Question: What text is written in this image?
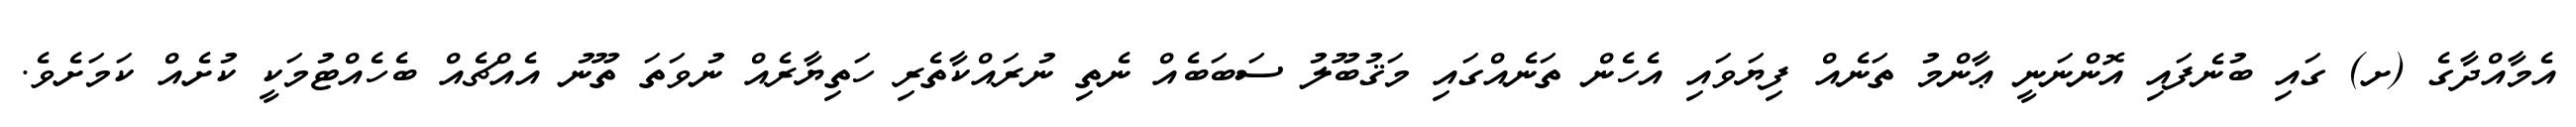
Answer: އެމާއްދާގެ (ށ) ގައި ބުނެފައި އޮންނަނީ ޢާންމު ތަނެއް ފިޔަވައި އެހެން ތަނެއްގައި މަޤުބޫލު ސަބަބެއް ނެތި ނުރައްކާތެރި ހަތިޔާރެއް ނުވަތަ ތޫނު އެއްޗެއް ބެހެއްޓުމަކީ ކުށެއް ކަމަށެވެ.